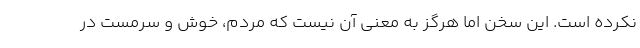
نکرده است. این سخن اما هرگز به معنی آن نیست که مردم، خوش و سرمست در